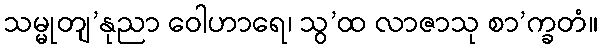
သမ္မုတျ’နုညာ ဝေါဟာရေ၊ သွ’ထ လာဇာသု စာ’က္ခတံ။